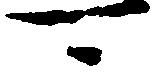
可